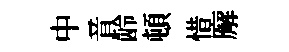
中音龄頓惜廨